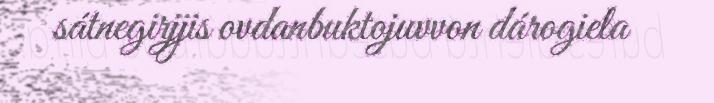
sátnegirjjis ovdanbuktojuvvon dárogiela